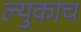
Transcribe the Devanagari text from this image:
ल्युकाच